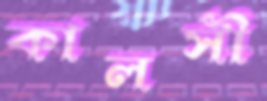
কালসী